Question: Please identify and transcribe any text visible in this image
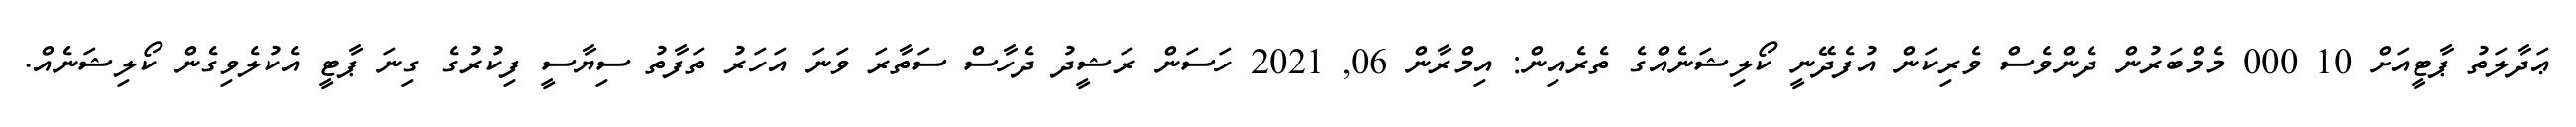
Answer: ޢަދާލަތު ޕާޓީއަށް 10 000 މެމްބަރުން ދެންވެސް ވެރިކަން އުފެދޭނީ ކޯލިޝަނެއްގެ ތެރެއިން: އިމްރާން 06, 2021 ހަސަން ރަޝީދު ދެހާސް ސަތާރަ ވަނަ އަހަރު ތަފާތު ސިޔާސީ ފިކުރުގެ ގިނަ ޕާޓީ އެކުލެވިގެން ކޯލިޝަނެއް.